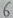
Text: 6